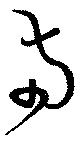
両